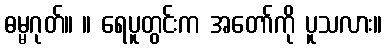
ဓမ္မဂုတ်။ ။ ရေပူတွင်းက အတော်ကို ပူသလား။